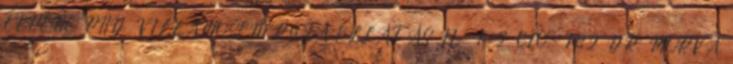
FERENC PHD VILLAMOSENERGIA-ELLÁTÁS II. 1 2 010,- 182 DR. MORVA